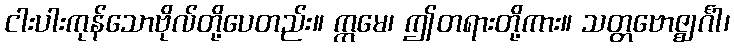
ငါးပါးကုန်သောဗိုလ်တို့ပေတည်း။ ဣမေ၊ ဤတရားတို့ကား။ သတ္တဗောဇ္ဈင်္ဂါ၊